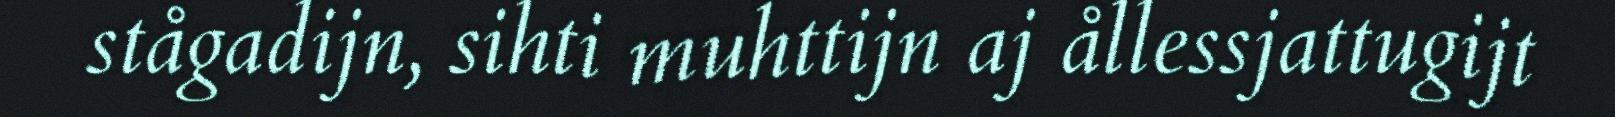
stågadijn, sihti muhttijn aj ållessjattugijt